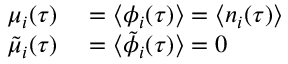
\begin{array} { r l } { \mu _ { i } ( \tau ) } & { { } = \langle \phi _ { i } ( \tau ) \rangle = \langle n _ { i } ( \tau ) \rangle } \\ { \tilde { \mu } _ { i } ( \tau ) } & { { } = \langle \tilde { \phi } _ { i } ( \tau ) \rangle = 0 } \end{array}